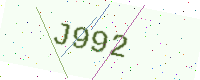
Text: J992